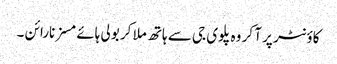
کاؤنٹر پر آ کر وہ پلوی جی سے ہاتھ ملا کر بولی ہائے مسز نارائن ۔